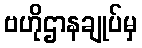
ဗဟိုဌာနချုပ်မှ